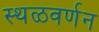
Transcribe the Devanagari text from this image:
स्थळवर्णन